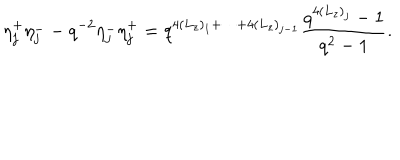
\eta _ { j } ^ { + } \eta _ { j } ^ { - } - q ^ { - 2 } \eta _ { j } ^ { - } \eta _ { j } ^ { + } = q ^ { 4 ( L _ { z } ) _ { 1 } + \cdots + 4 ( L _ { z } ) _ { j - 1 } } \frac { q ^ { 4 ( L _ { z } ) _ { j } } - 1 } { q ^ { 2 } - 1 } .